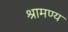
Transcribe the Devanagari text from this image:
श्रामण्य